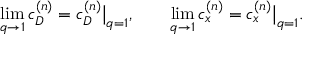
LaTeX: \operatorname * { l i m } _ { q \to 1 } c _ { D } ^ { ( n ) } = c _ { D } ^ { ( n ) } \big | _ { q = 1 } , \qquad \operatorname * { l i m } _ { q \to 1 } c _ { x } ^ { ( n ) } = c _ { x } ^ { ( n ) } \big | _ { q = 1 } .